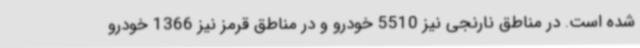
شده است. در مناطق نارنجی نیز 5510 خودرو و در مناطق قرمز نیز 1366 خودرو